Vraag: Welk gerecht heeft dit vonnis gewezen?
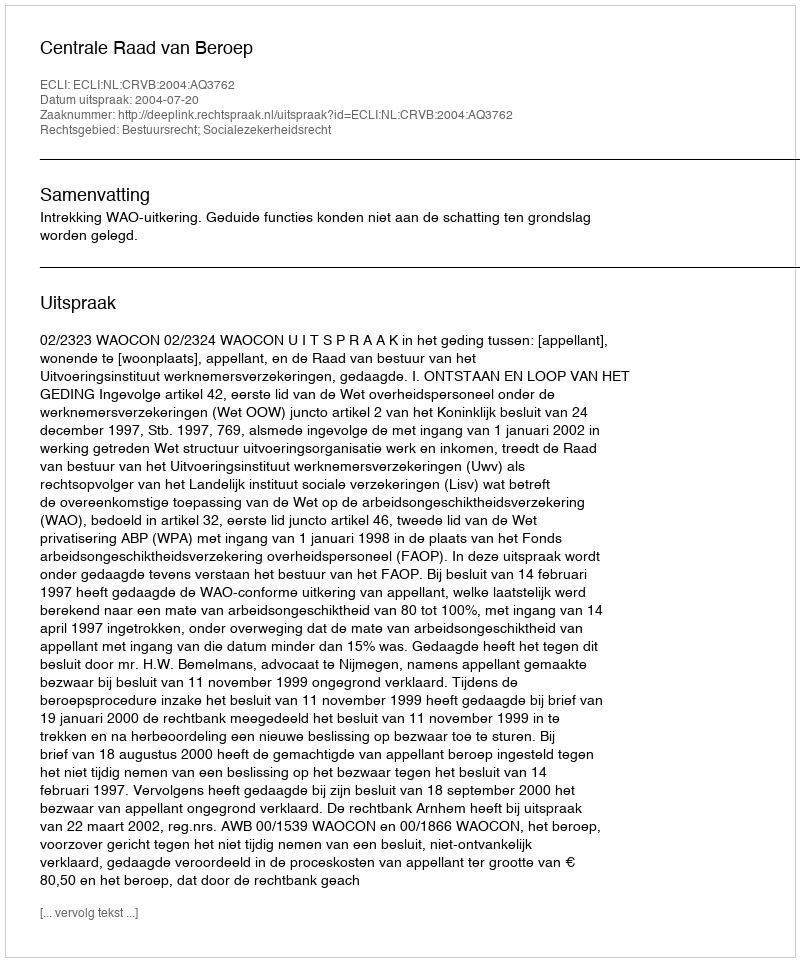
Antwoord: Centrale Raad van Beroep